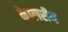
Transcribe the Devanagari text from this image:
केप्लरीय